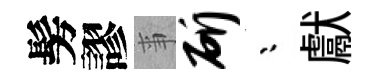
髣謬亊斫漸獻